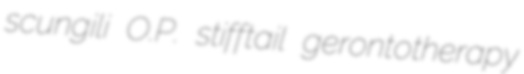
scungili O.P. stifftail gerontotherapy